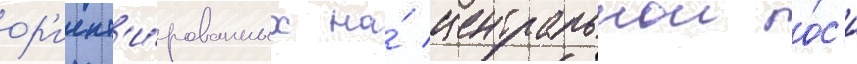
ор'иент'и́рованных на́ центральнои о́с'и